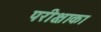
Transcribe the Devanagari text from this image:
परीक्षाका